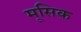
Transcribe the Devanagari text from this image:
मूसिक